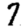
Digit: 7